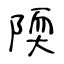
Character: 陾